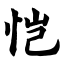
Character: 恺